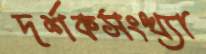
দর্শকসংখ্যা